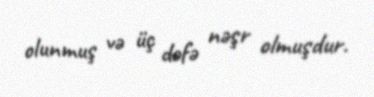
olunmuş və üç dəfə nəşr olmuşdur.